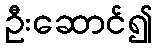
ဦးဆောင်၍